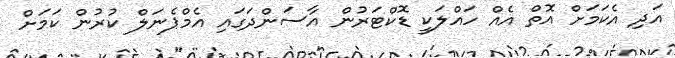
އަދި އެކަމަށް އޮތް އެއް ހައްލަކީ ޑޮކްޓަރުން އާސަންދަގައި އެމްޕެނަލް ކުރުން ކަމަށް